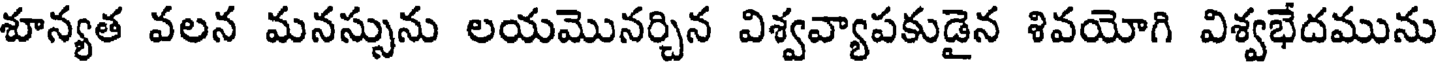
శూన్యత వలన మనస్సును లయమొనర్చిన విశ్వవ్యాపకుడైన శివయోగి విశ్వభేదమును